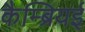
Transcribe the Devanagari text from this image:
कैम्ब्रियई